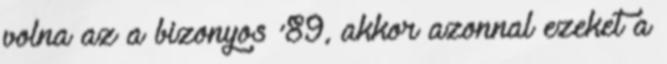
volna az a bizonyos ’89, akkor azonnal ezeket a